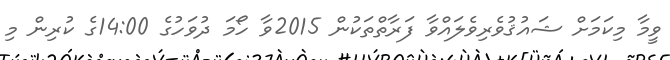
ވީމާ މިކަމަށް ޝައުޤުވެރިވެލައްވާ ފަރާތްތަކުން 2015ވާ ހޯމަ ދުވަހުގެ 14:00ގެ ކުރިން މި